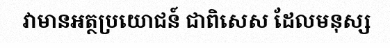
វាមានអត្ថប្រយោជន៍ ជាពិសេស ដែលមនុស្ស